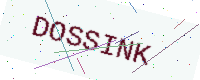
Text: DOSSINK